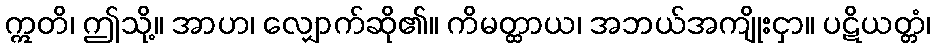
ဣတိ၊ ဤသို့။ အာဟ၊ လျှောက်ဆို၏။ ကိမတ္ထာယ၊ အဘယ်အကျိုးငှာ။ ပဋိယတ္တံ၊